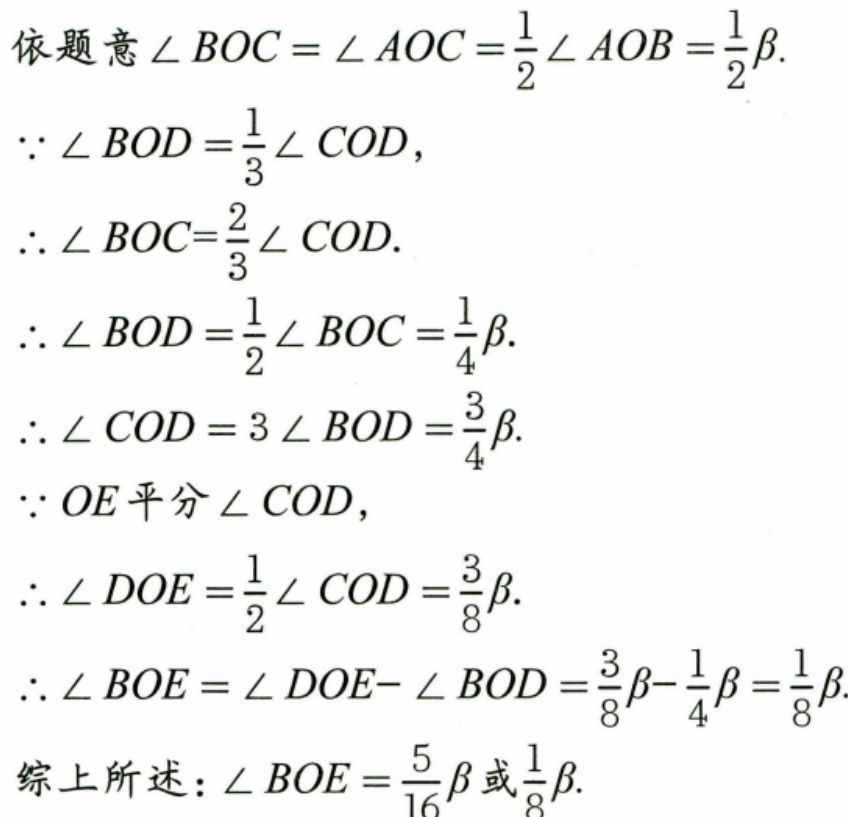
依题意\(\angle BOC=\angle AOC = \frac{1}{2}\angle AOB=\frac{1}{2}\beta\).
\(\because\angle BOD=\frac{1}{3}\angle COD\)，
\(\therefore\angle BOC = \frac{2}{3}\angle COD\).
\(\therefore\angle BOD=\frac{1}{2}\angle BOC=\frac{1}{4}\beta\).
\(\therefore\angle COD = 3\angle BOD=\frac{3}{4}\beta\).
\(\because OE\)平分\(\angle COD\)，
\(\therefore\angle DOE=\frac{1}{2}\angle COD=\frac{3}{8}\beta\).
\(\therefore\angle BOE=\angle DOE - \angle BOD=\frac{3}{8}\beta-\frac{1}{4}\beta=\frac{1}{8}\beta\).
综上所述：\(\angle BOE=\frac{5}{16}\beta\)或\(\frac{1}{8}\beta\).